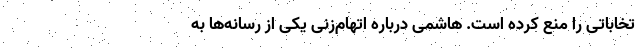
تخاباتی را منع کرده است. هاشمی درباره اتهام‌زنی یکی از رسانه‌ها به